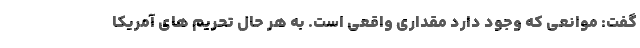
گفت: موانعی که وجود دارد مقداری واقعی است. به هر حال تحریم های آمریکا